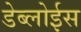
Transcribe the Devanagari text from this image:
डेब्लोईस